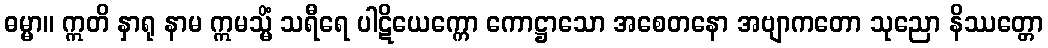
ဓမ္မာ။ ဣတိ နှာရု နာမ ဣမသ္မိံ သရီရေ ပါဋိယေက္ကော ကောဋ္ဌာသော အစေတနော အဗျာကတော သုညော နိဿတ္တော